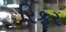
રિફર